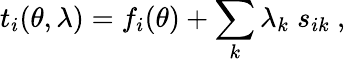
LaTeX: t_{i}(\theta,\lambda)=f_{i}(\theta)+\sum_{k}\lambda_{k}\; s_{ik}\ ,